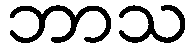
ဘာသ